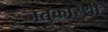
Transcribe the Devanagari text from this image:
जतुकास्थी